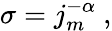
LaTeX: \sigma=j_{m}^{-\alpha}\ ,